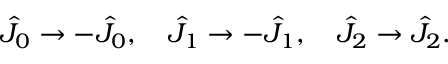
\hat { J } _ { 0 } \rightarrow - \hat { J } _ { 0 } , \quad \hat { J } _ { 1 } \rightarrow - \hat { J } _ { 1 } , \quad \hat { J } _ { 2 } \rightarrow \hat { J } _ { 2 } .